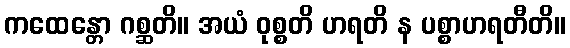
ကထေန္တော ဂစ္ဆတိ။ အယံ ဝုစ္စတိ ဟရတိ န ပစ္စာဟရတီတိ။